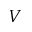
V